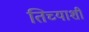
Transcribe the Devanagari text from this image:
तिच्याशीं